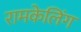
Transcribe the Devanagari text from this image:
रामकेलिंग